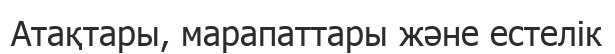
Атақтары, марапаттары және естелік